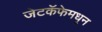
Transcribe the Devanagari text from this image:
जेटकॅफेमधून